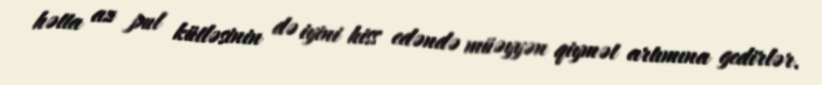
hətta az pul kütləsinin də iyini hiss edəndə müəyyən qiymət artımına gedirlər.